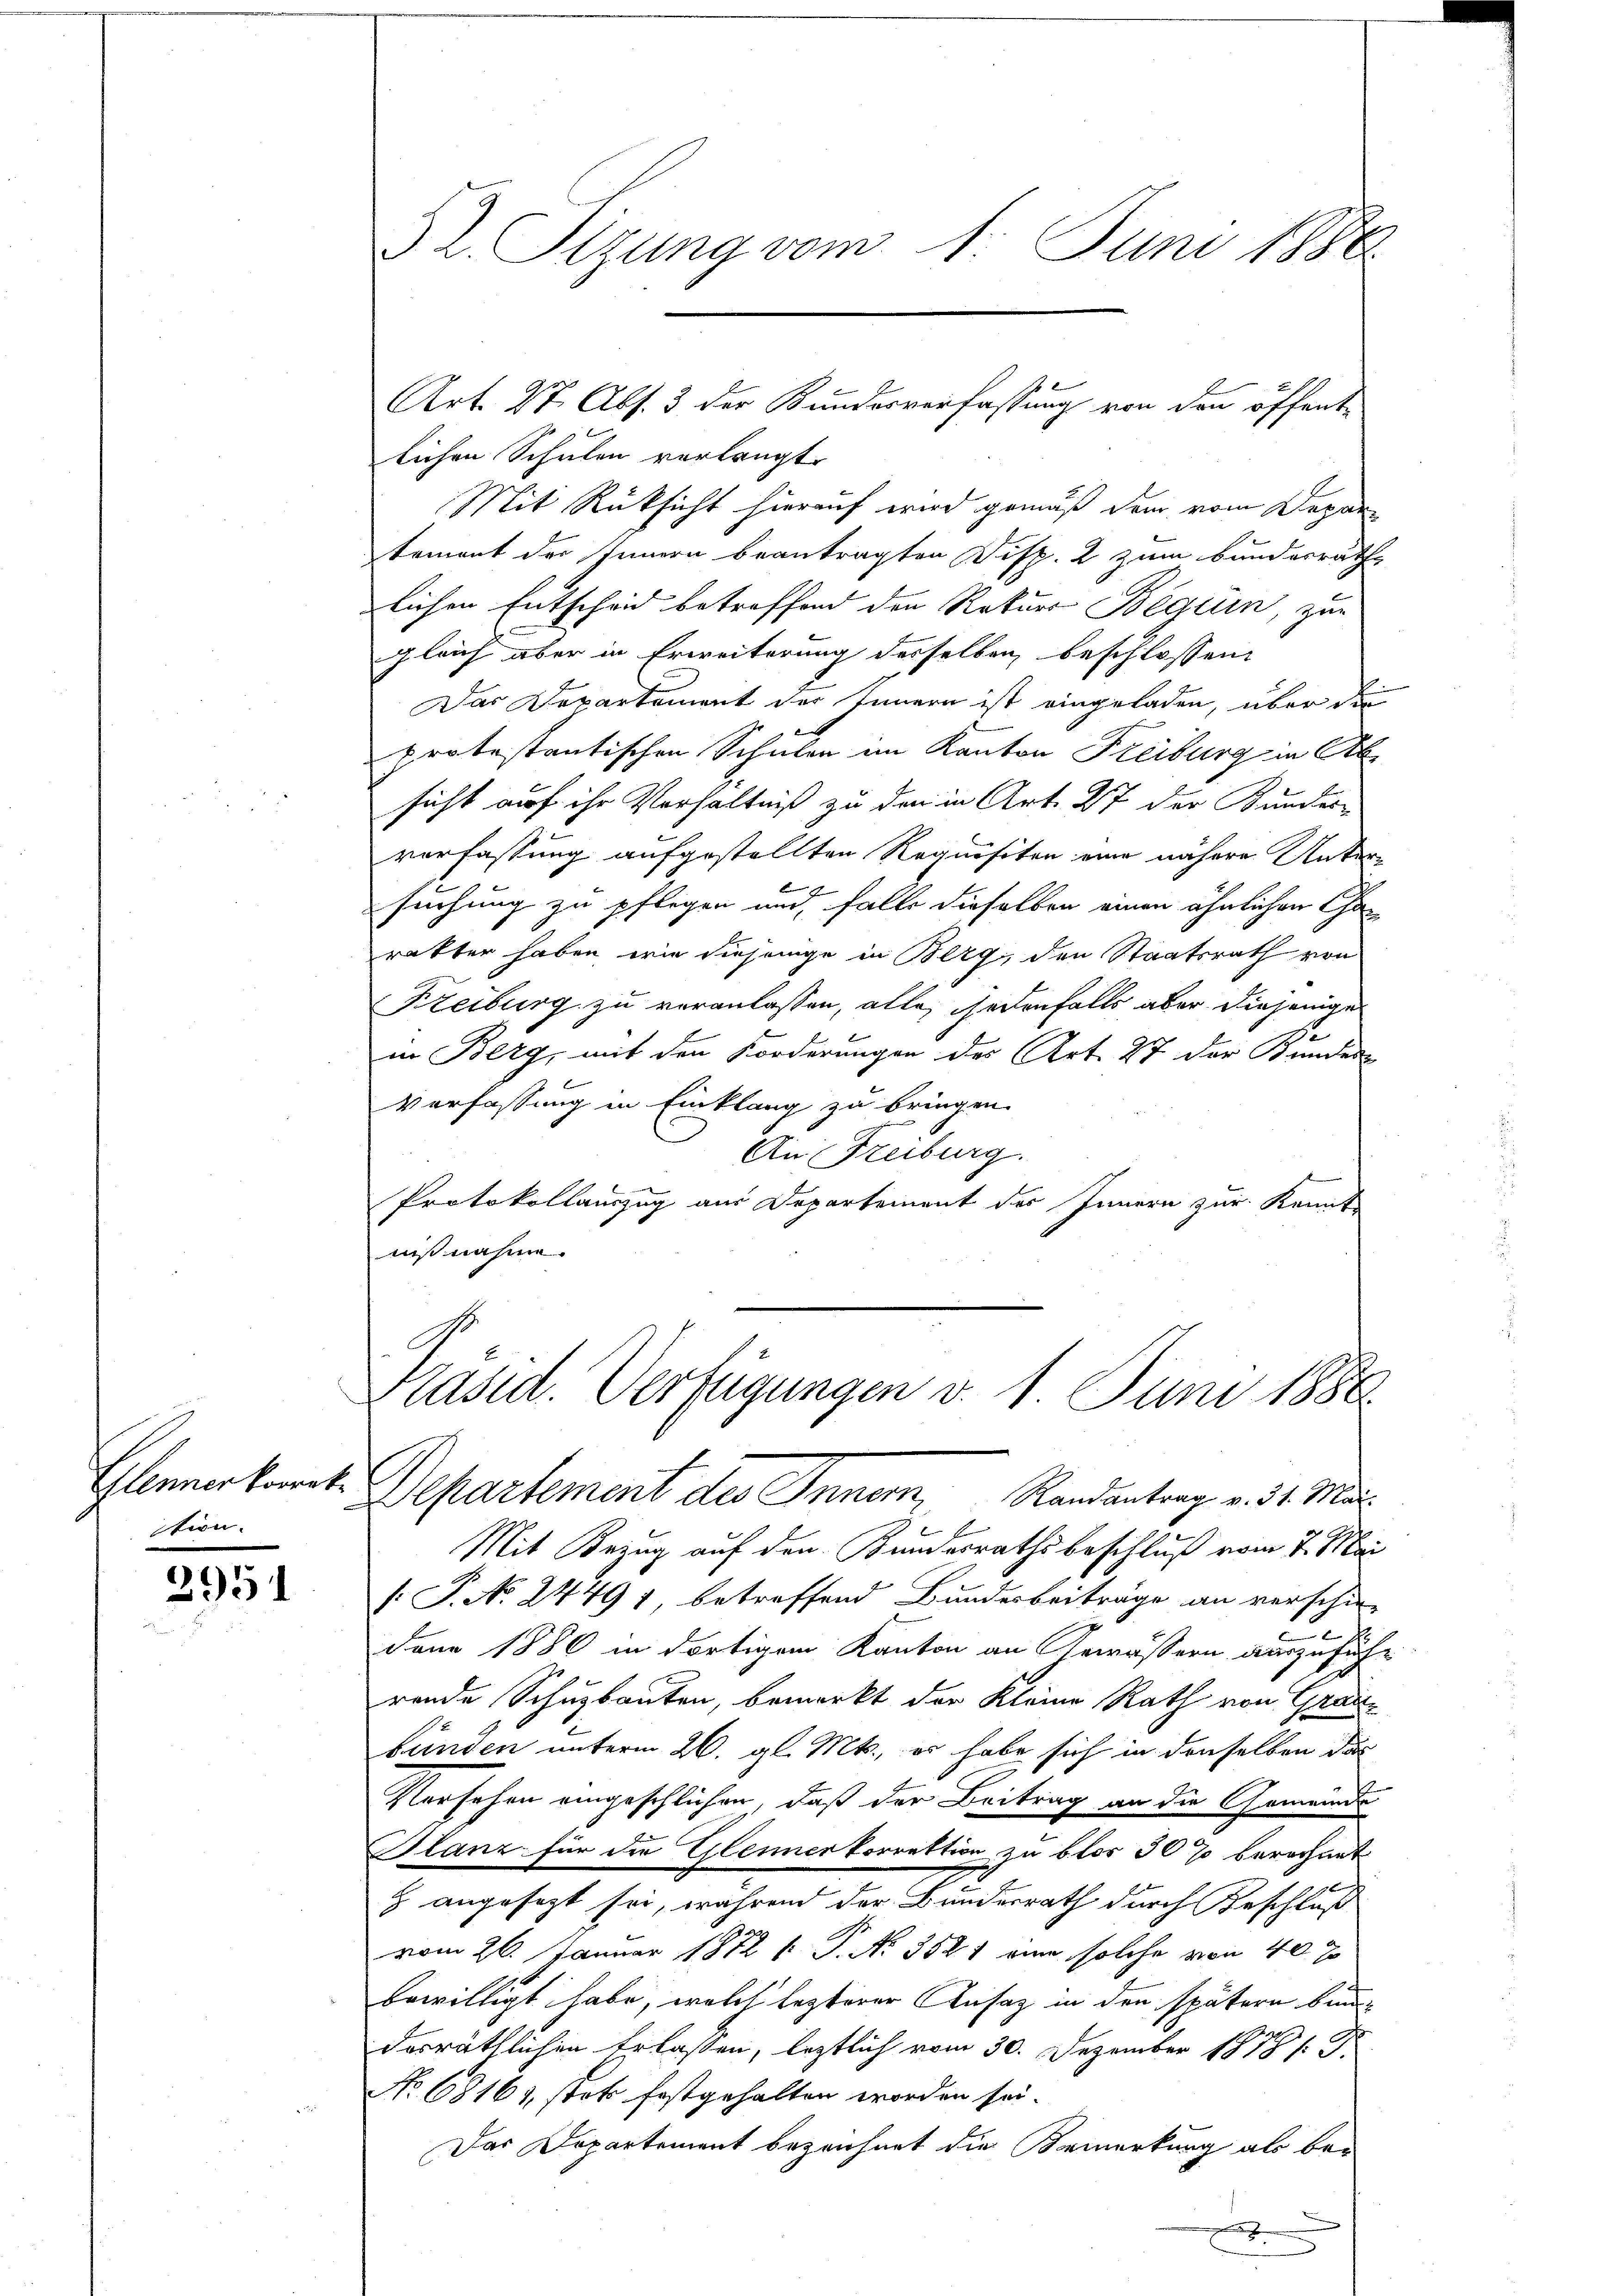
Glenner korrek
tion.

2951

52. Sizung vom 1. Juni 1886

lichen Schulen verlangt.
Mit Rücksicht hierauf wird gemäß dem vom Depar
tement des Innern beantragten Disp. 2 zum Bunderräthe
lichen Entscheid betreffend den Rekurs Beguin, zur
gleich aber in Erweiterung desselben beschlossen:
Das Departement des Innern ist eingeladen, über die
protestantischen Schulen im Kanton Freiburg in Abe
sicht auf ihr Verhältniß zu den in Art. 27 der Bundes-
verfassung aufgestellten Requisiten eine nähere Untersuchung zu pflegen und falls dieselben einen ähnlichen Charakter haben wie diejenige in Berg, den Staatsrath von
Freiburg zu veranlassen, alle, jedenfalls aber diejenige
in Berg, mit den Forderungen des Art. 27 der Bunder
Verfassung in Einklang zu bringen.
An Freiburg.
Protokollauszug aus Departement des Innern zur Kennt
nißnahm.

Art. 27 Abs. 3 der Bundesverfassung von den öffent¬

Präsid. Verfügungen v. 1. Juni 1888.
Departement des Inner, Randantrag v. 4. Mat

Mit Bezug auf den Bundesrathsbeschluß vom 7. Mai
[ P. No. 24497 betreffend Bundesbeiträge an verschie-
dann 1880 in dortigem Kanton an Gewässern auszuführ
rende Schuzbauten, bemerkt der Kleine Rath von Graubunden unterm 26. gl. Mts., er habe sich in denselben das
Versehen eingeschlichen, daß der Beitrag an die Gemeinde
Blanz für die Glenmerkorrektion zu blos 30% berechnet
z angesezt sei, während der Bundesrath durch Beschluß
vom 26. Januar 1872 f. P. Nr. 3521 eine solche von 40 x
bewilligt habe, welch lezterer Ansatz in den spätern bindasräthlichen Erlaßen, letztlich vom 30. Dezember 1878 s. 3.
No 68161, stet festgehalten worden sei.
Das Departement bezeichnet die Bremerkung als be-
x